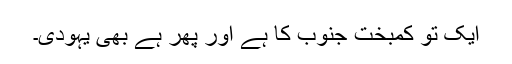
ایک تو کمبخت جنوب کا ہے اور پھر ہے بھی یہودی۔